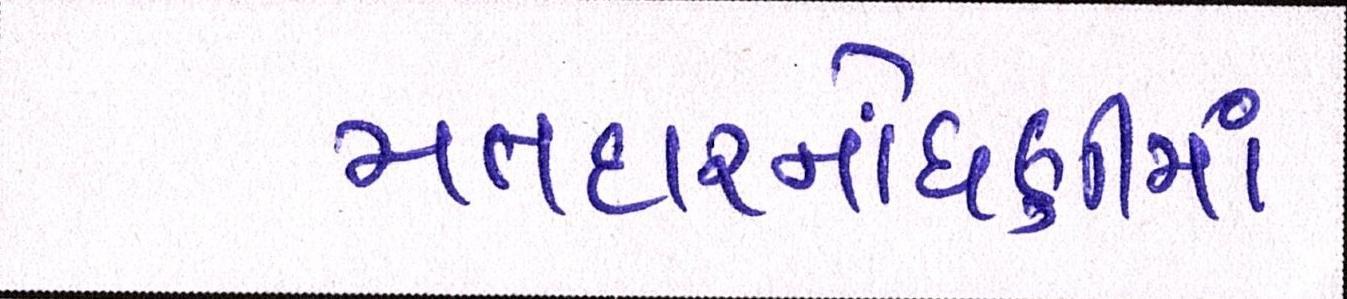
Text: મતદારનોંધણીમાં